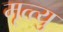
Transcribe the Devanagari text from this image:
मृत्त्यु